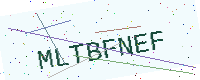
Text: MLTBFNEF